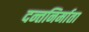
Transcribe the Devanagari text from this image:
दन्तनिर्माता